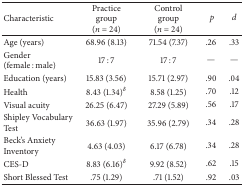
<table><thead><tr><td><b>Characteristic</b></td><td><b>Practice group(<i>n</i> = 24)</b></td><td><b>Control group(<i>n</i> = 24)</b></td><td><b><i> p</i></b></td><td><b><i>d</i></b></td></tr></thead><tbody><tr><td>Age (years)</td><td>68.96 (8.13)</td><td> 71.54 (7.37)</td><td>.26</td><td>.33</td></tr><tr><td>Gender (female : male)</td><td>17 : 7</td><td> 17 : 7</td><td>—</td><td>—</td></tr><tr><td>Education (years)</td><td>15.83 (3.56)</td><td> 15.71 (2.97)</td><td>.90</td><td>.04</td></tr><tr><td>Health</td><td>8.43 (1.34)<sup><i>δ</i></sup></td><td> 8.58 (1.25)</td><td>.70</td><td>.12</td></tr><tr><td>Visual acuity</td><td>26.25 (6.47)</td><td> 27.29 (5.89)</td><td>.56</td><td>.17</td></tr><tr><td>Shipley Vocabulary Test</td><td>36.63 (1.97)</td><td> 35.96 (2.79)</td><td>.34</td><td>.28</td></tr><tr><td>Beck&#x27;s Anxiety Inventory</td><td>4.63 (4.03)</td><td> 6.17 (6.78)</td><td>.34</td><td>.28</td></tr><tr><td>CES-D</td><td>8.83 (6.16)<sup><i>δ</i></sup></td><td> 9.92 (8.52)</td><td>.62</td><td>.15</td></tr><tr><td>Short Blessed Test</td><td>.75 (1.29)</td><td> .71 (1.52)</td><td>.92</td><td>.03</td></tr></tbody></table>